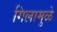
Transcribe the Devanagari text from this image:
गिलामुळे